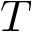
T